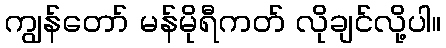
ကျွန်တော် မန်မိုရီကတ် လိုချင်လို့ပါ။